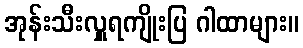
အုန်းသီးလှူရကျိုးပြ ဂါထာများ။